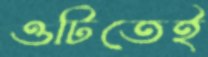
ওটিতেই